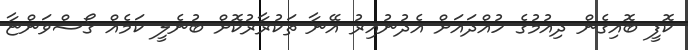
ކޮފީ ބޮއިގެން ދިއުމުގެ ހުއްދައަށް އެދުނުއިރު އޭނާ ތަކުރާރުކޮށް ބުނެލީ ކަމެއް ގޯސްވަންޏާ